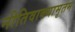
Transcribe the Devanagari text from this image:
नीतिवाक्यामृतम